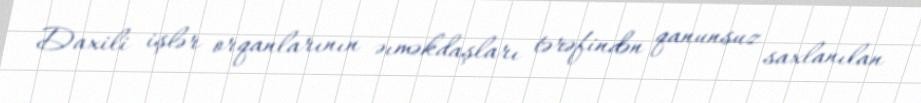
Daxili işlər orqanlarının əıməkdaşları tərəfindən qanunsuz saxlanılan